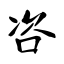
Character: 咨